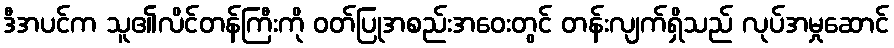
ဒီအပင်က သူ၏လိင်တန်ကြီးကို ဝတ်ပြုအစည်းအဝေးတွင် တန်းလျက်ရှိသည် လုပ်အမှုဆောင်